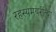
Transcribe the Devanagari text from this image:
रहस्यमयरीत्या